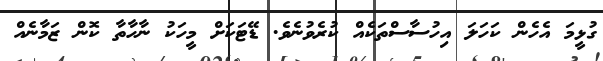
ގުޅީމަ އެހެން ކަހަލަ އިހުސާސްތަކެއް ކުރެވުނެވެ. ޑޭޓަކަށް މީހަކު ނާހާތާ ކޮން ޒަމާނެއް